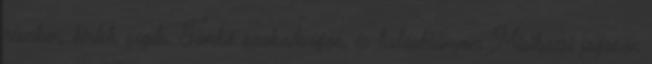
részben, kérlek, segíts. Tambó szabadságon, és tudáshiányom Misibacsi jogosan